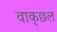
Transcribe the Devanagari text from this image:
वाक्‌छल